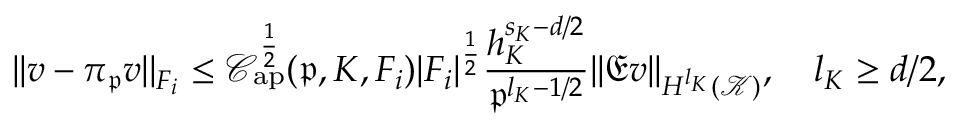
| | v - \pi _ { \mathfrak { p } } v | | _ { F _ { i } } \le \mathcal { C } _ { \mathrm { a p } } ^ { \frac { 1 } { 2 } } ( \mathfrak { p } , K , F _ { i } ) | F _ { i } | ^ { \frac { 1 } { 2 } } \frac { h _ { K } ^ { s _ { K } - d / 2 } } { \mathfrak { p } ^ { l _ { K } - 1 / 2 } } | | \mathfrak { E } v | | _ { H ^ { l _ { K } } ( \mathcal { K } ) } , \quad l _ { K } \ge d / 2 ,